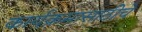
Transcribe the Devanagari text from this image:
कार्यक्रमासाठीचे